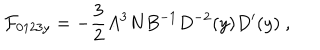
{ \cal F } _ { 0 1 2 3 y } = - { \frac { 3 } { 2 } } A ^ { 3 } N B ^ { - 1 } D ^ { - 2 } ( y ) D ^ { \prime } ( y ) \ ,